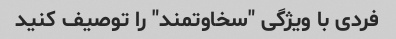
فردی با ویژگی "سخاوتمند" را توصیف کنید